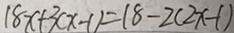
1 8 x + 3 ( x - 1 ) = 1 8 - 2 ( 2 x - 1 )